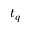
t _ { q }